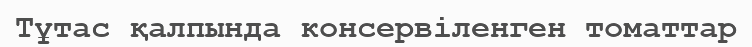
Тұтас қалпында консервіленген томаттар